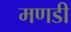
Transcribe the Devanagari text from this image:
मणडी